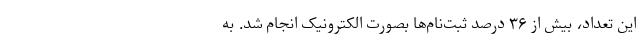
این تعداد، بیش از ۳۶ درصد ثبت‌نام‌ها بصورت الکترونیک انجام شد. به